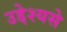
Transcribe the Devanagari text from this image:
उद्देश्यसे